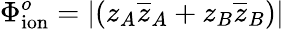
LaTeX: \Phi_{\mathrm{ion}}^{o}=|(z_{A}\overline{{z}}_{A}+z_{B}\overline{{z}}_{B})|